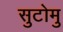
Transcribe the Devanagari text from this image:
सुटोमु